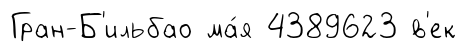
Гран-Б'ильбао ма́я 4389623 в'ек